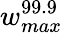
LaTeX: w_{max}^{99.9}